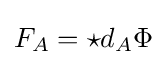
F_{A}=\star d_{A}\Phi